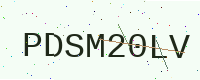
Text: PDSM20LV